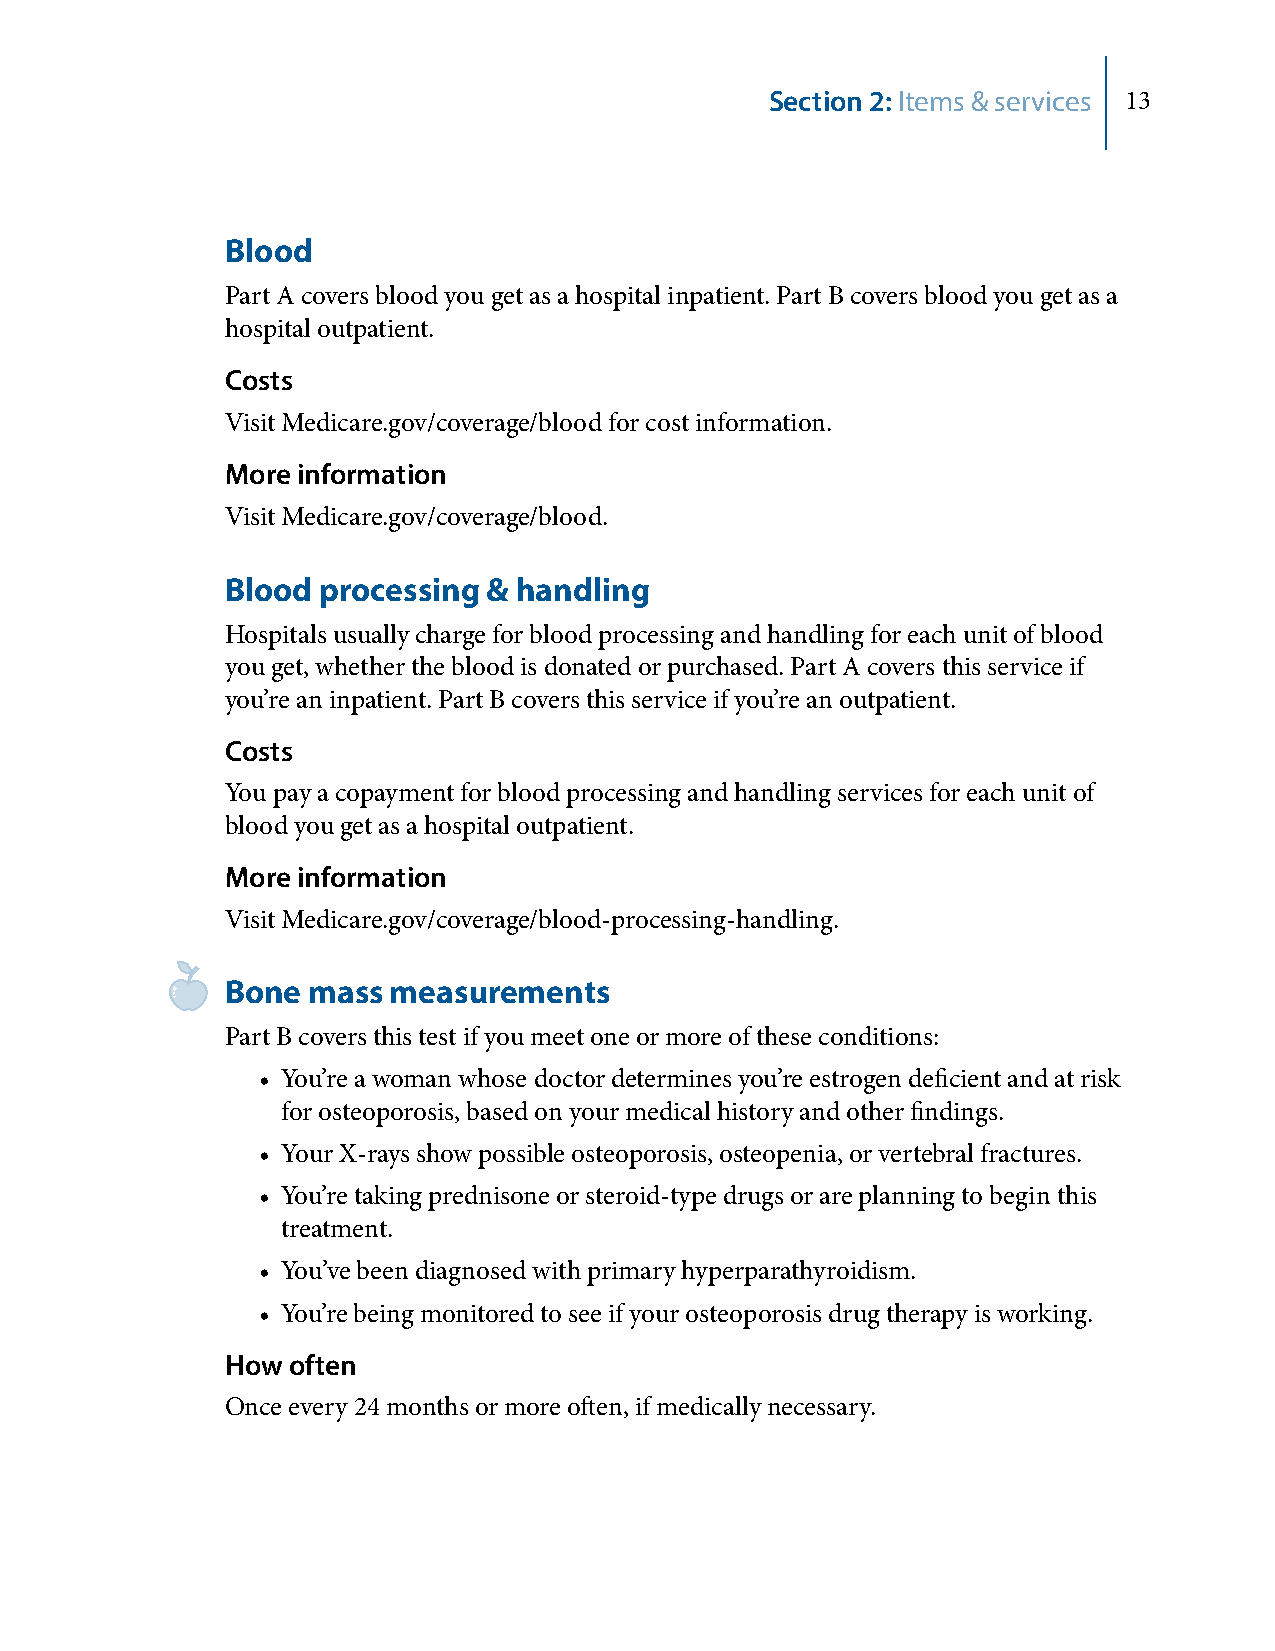
Section 2: Items & services 13
 Blood
 Part A covers blood you get as a hospital inpatient. Part B covers blood you get as a
 hospital outpatient.
 Costs
 Visit Medicare.gov/coverage/blood for cost information.
 More information
 Visit Medicare.gov/coverage/blood.
 Blood processing & handling
 Hospitals usually charge for blood processing and handling for each unit of blood
 you get, whether the blood is donated or purchased. Part A covers this service if
 you’re an inpatient. Part B covers this service if you’re an outpatient.
 Costs
 You pay a copayment for blood processing and handling services for each unit of
 blood you get as a hospital outpatient.
 More information
 Visit Medicare.gov/coverage/blood-processing-handling.
 Bone mass  measurements
 Part B covers this test if you meet one or more of these conditions:
 • You’re a woman whose doctor determines you’re estrogen deficient and at risk
 for osteoporosis, based on your medical history and other findings.
 • Your X-rays show possible osteoporosis, osteopenia, or vertebral fractures.
 • You’re taking prednisone or steroid-type drugs or are planning to begin this
 treatment.
 • You’ve been diagnosed with primary hyperparathyroidism.
 • You’re being monitored to see if your osteoporosis drug therapy is working.
 How often
 Once every 24 months or more often, if medically necessary.